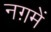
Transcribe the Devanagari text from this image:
नग़में